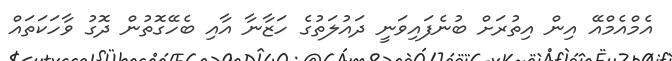
އެމްއެމްއޭ އިން އިތުރަށް ބުނެފައިވަނީ ދައުލަތުގެ ހަޒާނާ އާއި ބެހޭގޮތުން ދޮގު ވާހަކަތައް